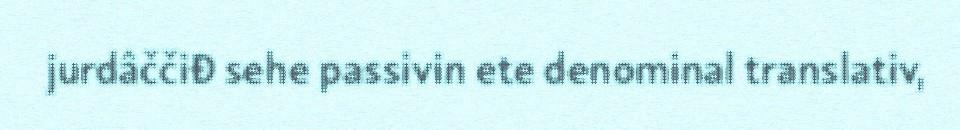
jurdâččiđ sehe passivin ete denominal translativ,